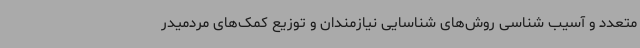
متعدد و آسیب شناسی روش‌های شناسایی نیازمندان و توزیع کمک‌های مردمیدر